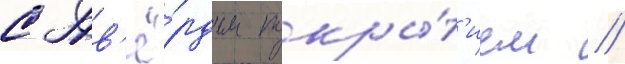
с тв'ё́рдым покры́т'ием /